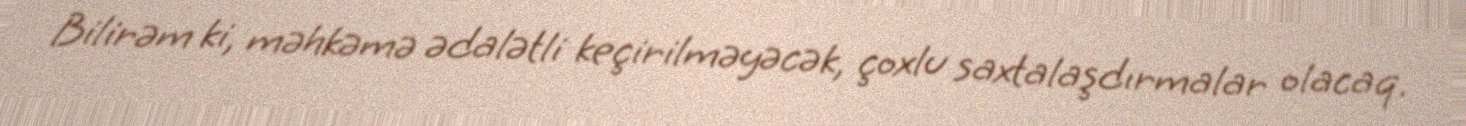
Bilirəm ki, məhkəmə ədalətli keçirilməyəcək, çoxlu saxtalaşdırmalar olacaq.